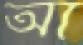
আ